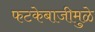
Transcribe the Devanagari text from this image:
फटकेबाजीमुळे